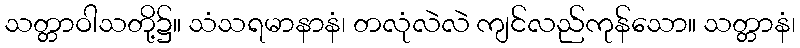
သတ္တာဝါသတို့၌။ သံသရမာနာနံ၊ တလုံလဲလဲ ကျင်လည်ကုန်သော။ သတ္တာနံ၊